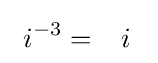
\ i^{-3}={\phantom {-}}i{\phantom {1}}